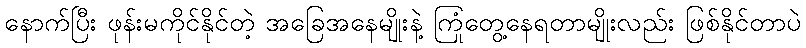
နောက်ပြီး ဖုန်းမကိုင်နိုင်တဲ့ အခြေအနေမျိုးနဲ့ ကြုံတွေ့နေရတာမျိုးလည်း ဖြစ်နိုင်တာပဲ